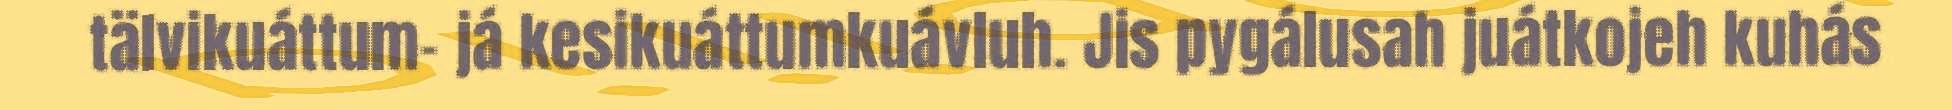
tälvikuáttum- já kesikuáttumkuávluh. Jis pygálusah juátkojeh kuhás